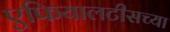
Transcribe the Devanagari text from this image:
एफियालटीसच्या